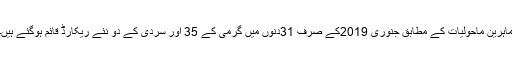
ماہرین ماحولیات کے مطابق جنوری 2019کے صرف 31دنوں میں گرمی کے 35 اور سردی کے دو نئے ریکارڈ قائم ہوگئے ہیں۔